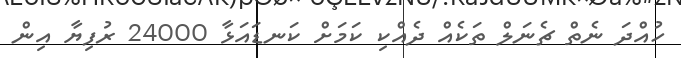
ހުއްދަ ނެތް ޗެނަލް ތަކެއް ދެއްކި ކަމަށް ކަނޑައަޅާ 24000 ރުފިޔާ އިން